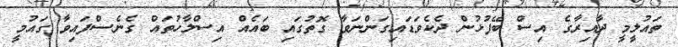
ތައުލީމީ ދާއިރާގެ އިސް ބޭފުޅުން ދެކެވަޑައިގަންނަވާ ގޮތުގައި ބައެއް އިސްލާހުތައް ގެނެސްފައިވާ ގައުމީ